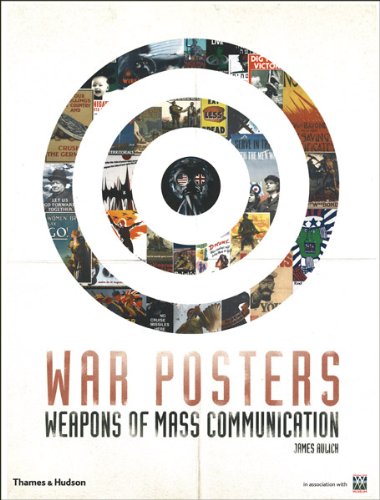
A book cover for War Posters: Weapons of Mass Communication; James Aulich; Crafts, Hobbies & Home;